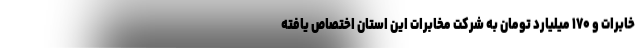
خابرات و ۱۷۰ میلیارد تومان به شرکت مخابرات این استان اختصاص یافته